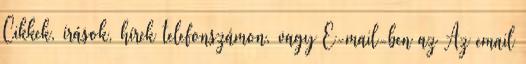
Cikkek, írások, hírek telefonszámon, vagy E-mail-ben az Az email